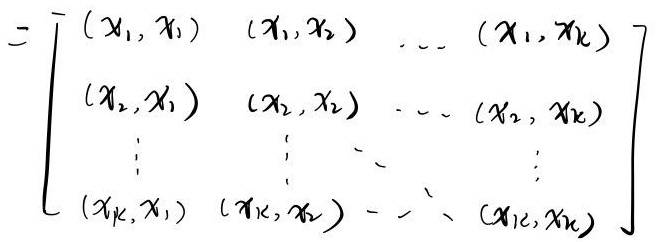
\[
= \begin{bmatrix}
(x_1, x_1) & (x_1, x_2) & \cdots & (x_1, x_k) \\
(x_2, x_1) & (x_2, x_2) & \cdots & (x_2, x_k) \\
\vdots & \vdots & \ddots & \vdots \\
(x_k, x_1) & (x_k, x_2) & \cdots & (x_k, x_k)
\end{bmatrix}
\]